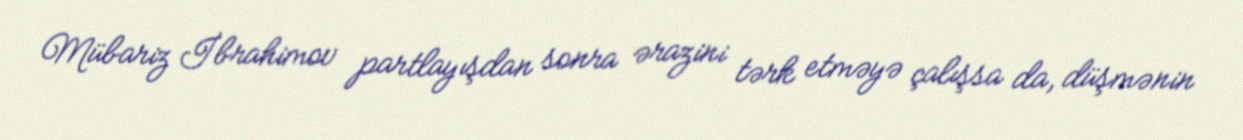
Mübariz İbrahimov partlayışdan sonra ərazini tərk etməyə çalışsa da, düşmənin